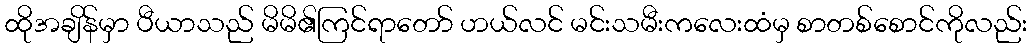
ထိုအချိန်မှာ ပီယာသည် မိမိ၏ကြင်ရာတော် ဟယ်လင် မင်းသမီးကလေးထံမှ စာတစ်စောင်ကိုလည်း